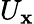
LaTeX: U_{\mathbf{x}}